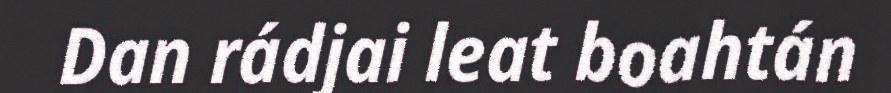
Dan rádjai leat boahtán